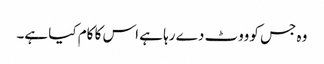
وہ جس کو ووٹ دے رہا ہے اس کا کام کیا ہے۔